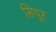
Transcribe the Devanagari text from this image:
सियूर